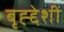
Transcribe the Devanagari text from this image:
बृह्द्देशी